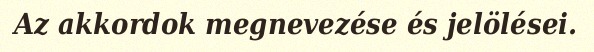
Az akkordok megnevezése és jelölései.